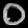
Digit: ၀